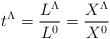
\begin{align*}t^\Lambda = {L^\Lambda\over L^0} = {X^\Lambda\over X^0}\end{align*}